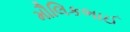
મૌલિકભાઈ